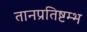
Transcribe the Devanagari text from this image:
तानप्रतिष्टम्भ